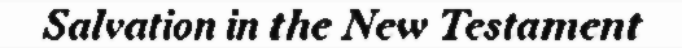
Salvation in the New Testament